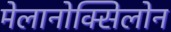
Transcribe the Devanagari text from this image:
मेलानोक्सिलोन